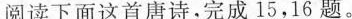
阅读下面这首唐诗。完成15，16题。